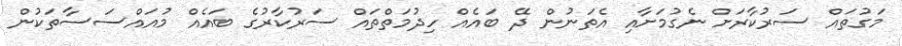
މަގުތައް ސަރުކާރަށް ނެގުމަށާއި އެތަނުން ދޭ ބައެއް ހިދުމަތްތައް ސަރުކާރުގެ ބައެއް މުއައްސަސާތަކުން